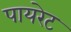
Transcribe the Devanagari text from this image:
पायरेट